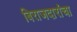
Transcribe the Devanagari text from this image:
बिराजदारांचा